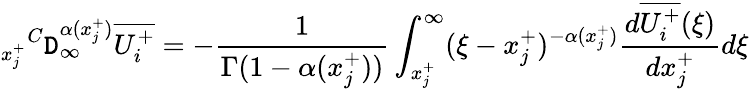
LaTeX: {_{x_{j}^{+}}}^{C}\mathtt{D}_{\infty}^{\alpha(x_{j}^{+})}\overline{{{U_{i}^{+}}}}=-\frac{{1}}{{\Gamma(1-\alpha(x_{j}^{+}))}}\int_{x_{j}^{+}}^{\infty}(\xi-x_{j}^{+})^{-\alpha(x_{j}^{+})}\frac{{d\overline{{{U_{i}^{+}}}}(\xi)}}{{dx_{j}^{+}}}d\xi